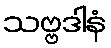
သဗ္ဗဒါနံ